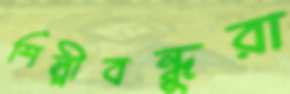
শিল্পীবন্ধুরা